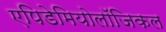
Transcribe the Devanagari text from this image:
एपिडेमियोलॉजिकल